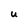
Character: U